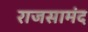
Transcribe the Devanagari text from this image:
राजसामंद